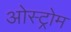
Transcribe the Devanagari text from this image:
ओस्ट्रोम